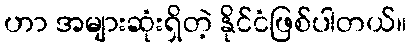
ဟာ အများဆုံးရှိတဲ့ နိုင်ငံဖြစ်ပါတယ်။